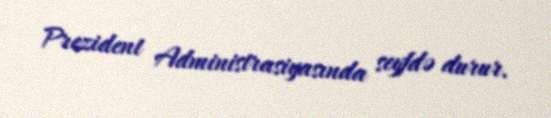
Prezident Administrasiyasında seyfdə durur.